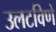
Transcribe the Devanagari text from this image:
उलटविणे